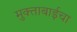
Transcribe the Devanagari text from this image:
मुक्ताबाईचा